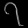
Digit: ၇